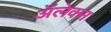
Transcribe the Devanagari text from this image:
अॅलेक्स